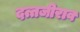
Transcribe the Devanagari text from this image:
दत्तजीराव